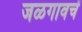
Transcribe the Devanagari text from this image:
जळगावचें